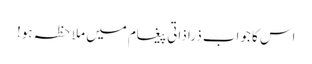
اس کا جواب ذرا ذاتی پیغام میں ملاحظہ ہو!